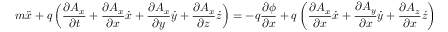
m { \ddot { x } } + q \left( { \frac { \partial A _ { x } } { \partial t } } + { \frac { \partial A _ { x } } { \partial x } } { \dot { x } } + { \frac { \partial A _ { x } } { \partial y } } { \dot { y } } + { \frac { \partial A _ { x } } { \partial z } } { \dot { z } } \right) = - q { \frac { \partial \phi } { \partial x } } + q \left( { \frac { \partial A _ { x } } { \partial x } } { \dot { x } } + { \frac { \partial A _ { y } } { \partial x } } { \dot { y } } + { \frac { \partial A _ { z } } { \partial x } } { \dot { z } } \right)